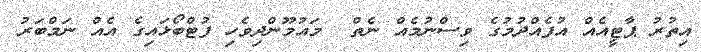
އިތުރު ޕާޓީއެއް އުފެއްދުމުގެ ވިސްނުމެއް ނެތް  މައުމޫންދިވެހި ފުޓްބޯޅައިގެ އެއް ނަމްބަރު